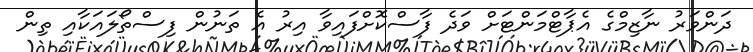
ދަންވަރު ނާޒިމްގެ އެޕާޓްމަންޓަށް ވަދެ ފާސްކޮށްފައިވާ އިރު އެ ތަނުން ފިސްތޯލައަކާއި ތިން